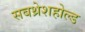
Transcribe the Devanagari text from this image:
सबथ्रेशहोल्ड